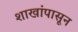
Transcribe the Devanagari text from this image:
शाखांपासून